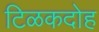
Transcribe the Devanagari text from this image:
टिळकदोह